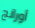
أورانج